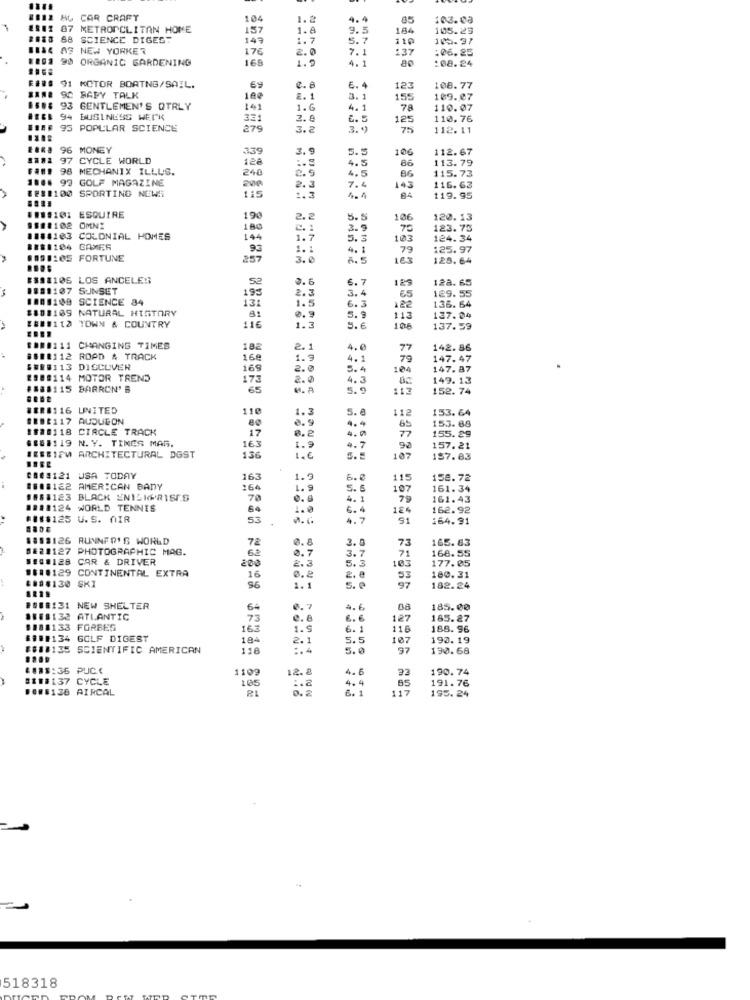
HL CAR CRAFT
104
1.2
4. 4
103.08
87 METROPOLITAN HOME
157
1.8
9.5
184
105.23
58
SCIENCE DIGEST
147
1. 7
5.7
110
145.37
AS NEW YORKER
176
2.0
7.
137
:06.25
90 ORGANIC GARDENING
169
1.9
4.1
:08.24
91 MOTOR BOATNG/SAIL.
e.
6.
123
108.77
92 BARY TALK
100
2. 1
3.
155
109.07
93 GENTLEMEN'S QTRLY
141
1.G
4.1
78
110.07
94 BUSINESS WERK
331
2.8
42
125
110.76
IBS 95 POPULAR SCIENCE
279
.2
3 ..
75
112.11
96 MONEY
339
3.9
5.5
106
112.67
97 CYCLE WORLD
128
4.5
113.79
98 MECHANIX ILLUS.
240
86
115.73
90 GOLF MAGAZINE
200
4.5
86
8211100 SPORTING NEWS
115
2.2
7.4
143
116.63
1.3
84
119.95
118:101 ESQUIRE
190
2.
5.5
106
120.13
$11:102 OMNI
180
C. :
3.9
70
123.75
1188103 COLONIAL HOMES
144
1.7
5.3
103
124. 34
11:1104 GAMES
93
1.1
4.1
79
125.97
1191185 FORTUNE
257
3.0
8.5
163
128.64
#391106 LOS ANGELES
6.7
129
128. 65
1181107 SUNSET
195
2.3
3.4
€5
129. 55
1001109 SCIENCE 34
131
1.5
$108109 NATURAL HISTORY
6.3
22
136. 64
####112 TOWN & COUNTRY
0.
5.
113
137.04
116
1.3
5. 6
106
137.59
1000111 CHANGING TIMES
182
2.1
4. 0
77
142.86
###1112 ROAD & TRACK
168
1. 9
4.1
79
147.47
####113 DISCOVER
169
2.0
5.4
104
147.87
1988114 MOTOR TREND
173
2.0
4.3
149. 13
$188115 BARRON'S
65
113
152.74
8888116 UNITED
110
5. 8
112
153. 64
8888117 AUDUBON
1.3
153. 68
IF##118 CIRCLE TRACK
80
8.9
4.4
65
77
155.29
6181119 N. Y. TIMES MAG.
17
8.2
163
136
1.9
4.7
157.21
BESBIOW ARCHITECTURAL DGST
1.6
107
187.83
08##121 USA TODAY
163
6.0
115
158.72
1818122 AMERICAN BADY
164
1.
5.
107
161.34
1888123 BLACK ENISKPRISES
70
4.1
79
161.43
1218124 WORLD TENNES
64
1.0
6.4
184
162.92
#16$125 U.S. AIR
53
4.7
91
164.91
1893126 RUNNER'S WORLD
78
73
165.83
8E21127 PHOTOGRAPHIC MAG.
6ª
0. 7
0.8
3.7
2. 0
168.55
514#128 CAR & DRIVER
200
71
177.05
#81.129 CONTINENTAL EXTRA
2.3
5.3
103
####130 SKI
16
0.2
2. 0
53
180.31
56
1.1
5. 0
97
182.24
#888131 NEW SHELTER
64
4.6
185.00
1158132 ATLANTIC
73
e.8
6 . 6
127
185.27
1188133 FORBES
163
1.
6. 1
118
188. 96
####134 GOLF DIGEST
184
2.1
5.5
107
192.19
####135 SCIENTIFIC AMERICAN
:. 4
5.0
57
130.68
ZE
488$:36 PUCC
1109
12.8
4.6
190.74
811#137 CYCLE
105
85
191.76
1006128 AIRCAL
:. 2
0.2
4.4
117
195.24
518318